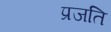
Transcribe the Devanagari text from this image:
प्रजति